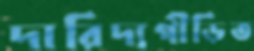
দারিদ্যপীড়িত